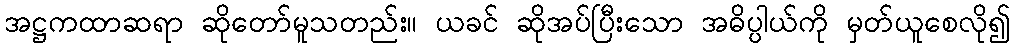
အဋ္ဌကထာဆရာ ဆိုတော်မူသတည်း။ ယခင် ဆိုအပ်ပြီးသော အဓိပ္ပါယ်ကို မှတ်ယူစေလို၍